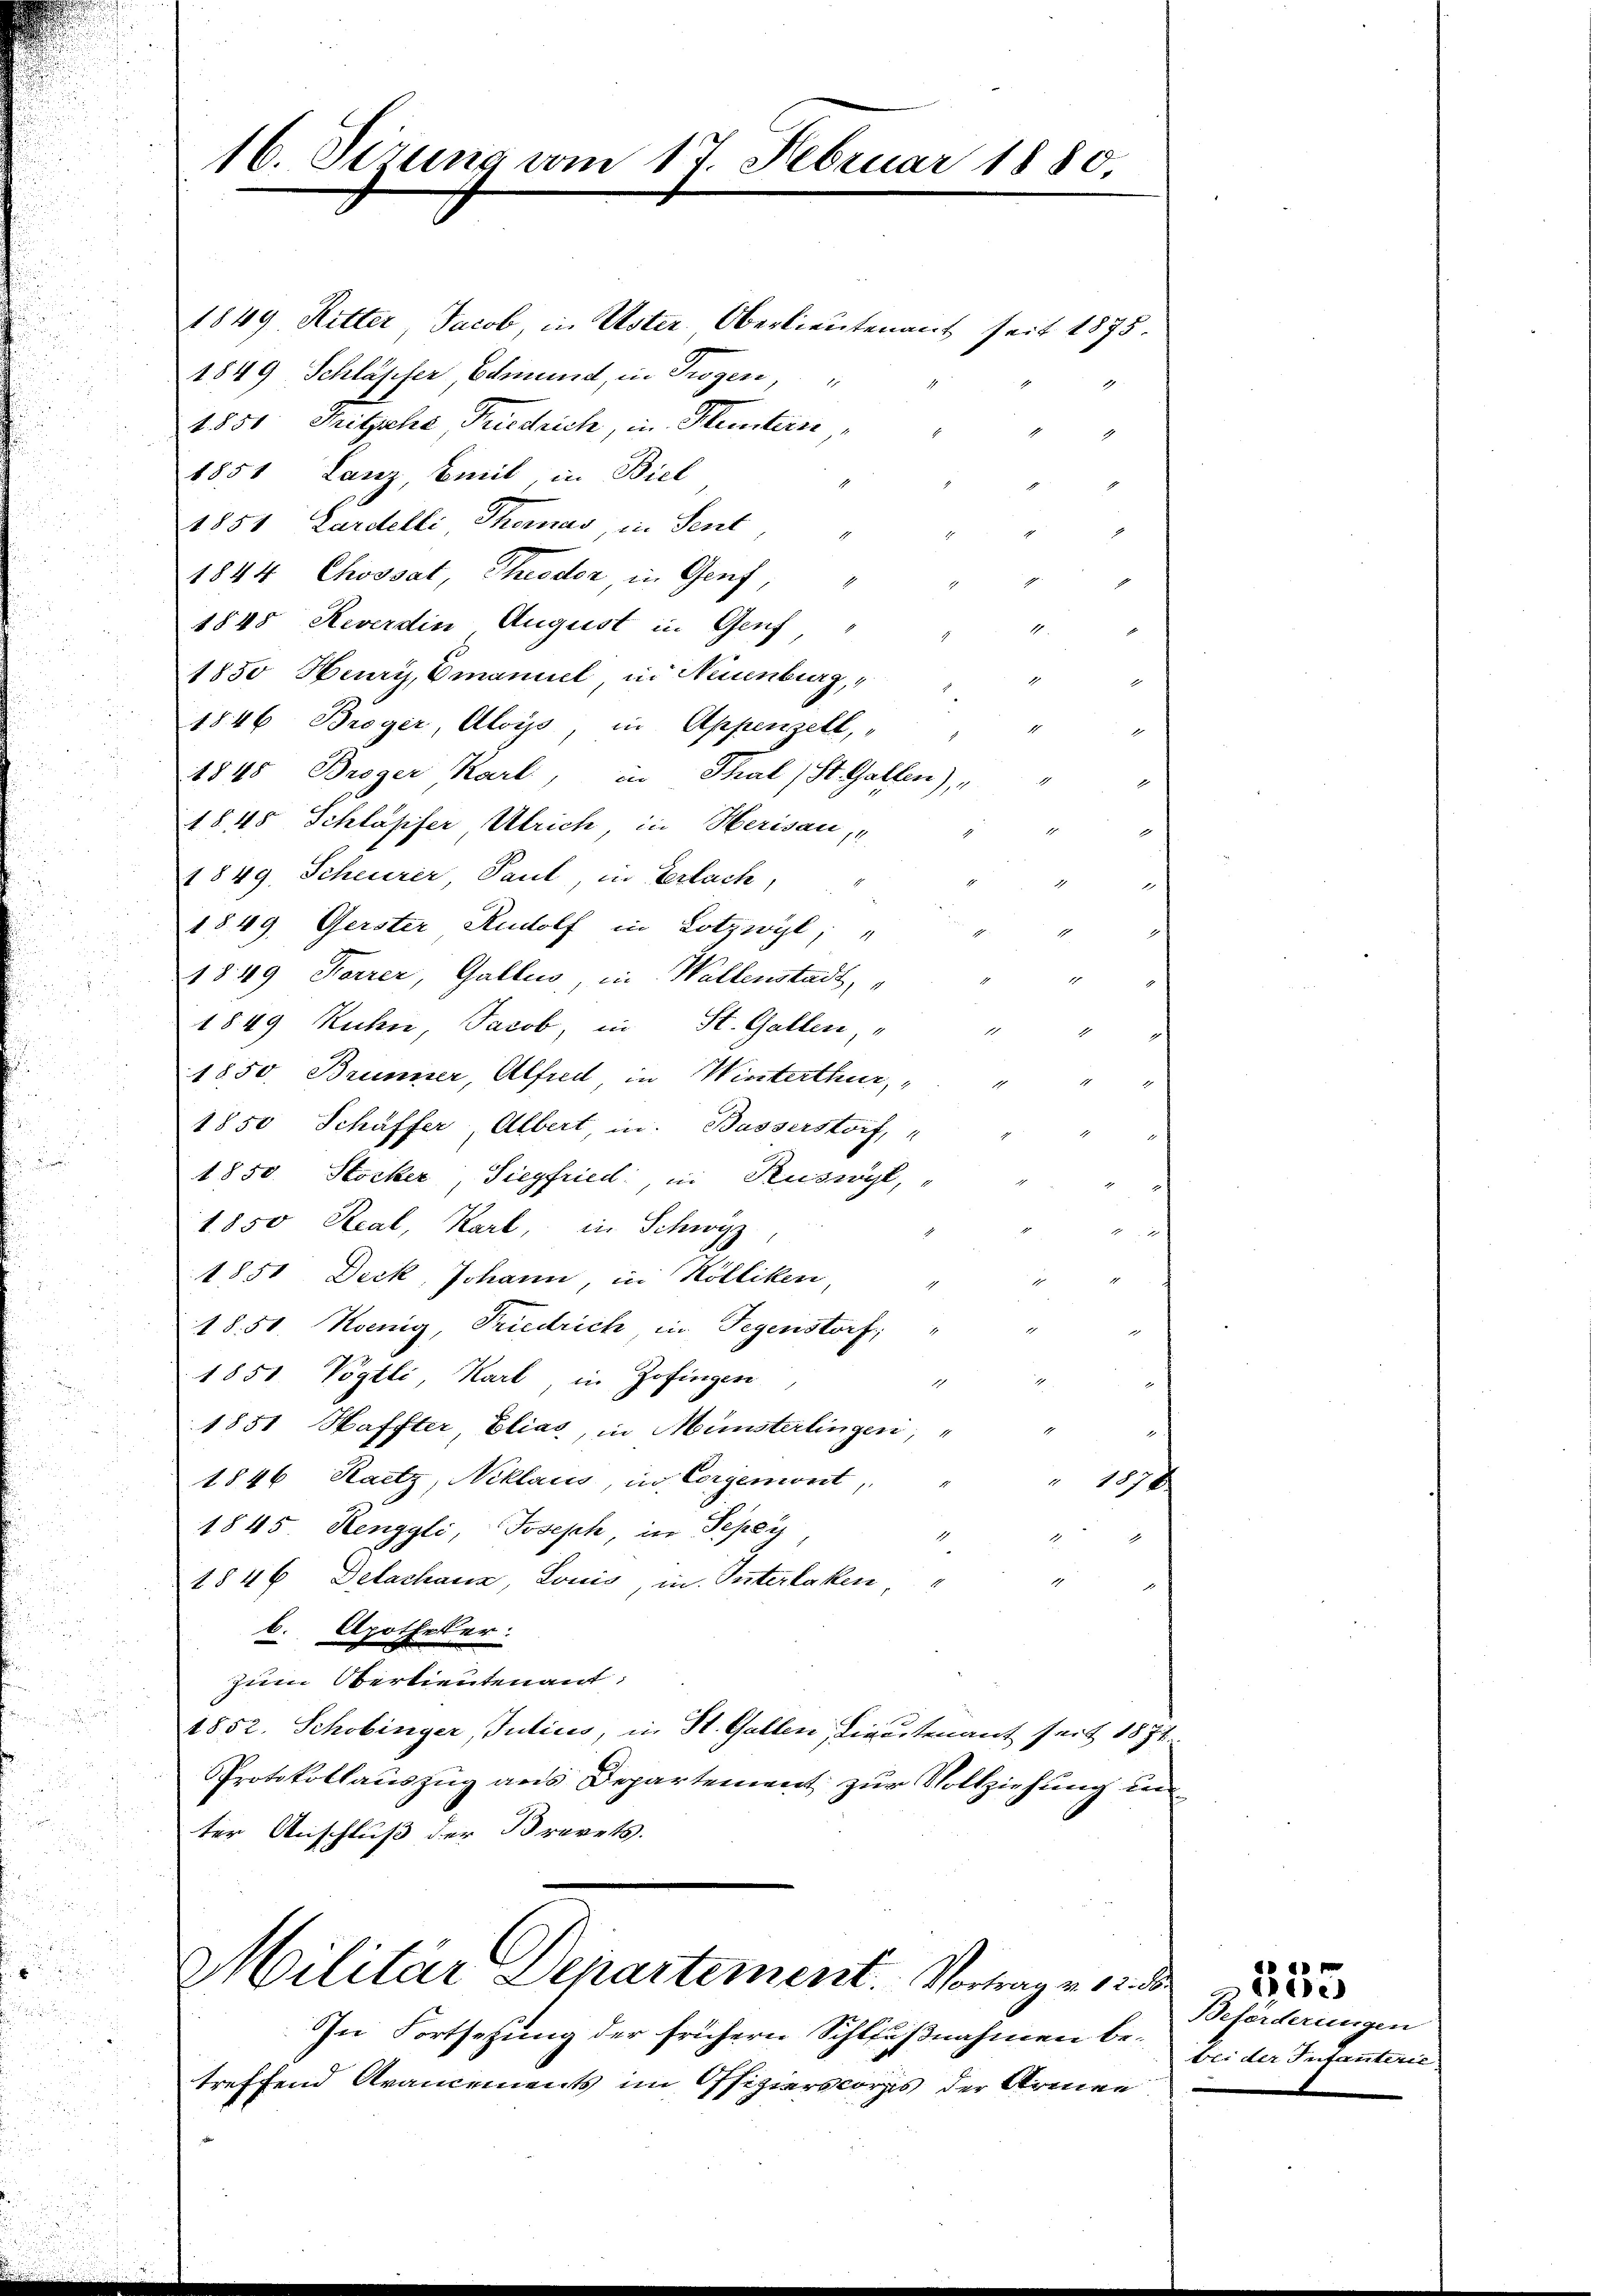
16. Sizung vom 17. Februar 1880,

1849. Ritter Jacob, in Uster Oberlieutenant seit 1875.
1849 Schlässer, Edmund, in Trogen,
1850. Mitzsche Friedrich, in Fleistern
1
1851 Lanz Emil, in Biel
u
1851 Lardelli Thomas, in Sent
1
1844 Chossat, Theodor in Genf,
.
1848 Reverdin August in Genf
1
1
1850 Heury, Emanuel in Neuenburg,
1
1846 Broger, Aloys in Appenzell,
1
1845 Broger Karl, in Thal, St. Gallen),
1845 Schläpfer Ulrich, in Herisau,
1849. Scheurer Paul, in Erlach,
1849 Gerster Rudolf in Lotzwyl, "
1849 Forrer, Gallis in Waltenstadt,
.
1849 Kuhn, Jacob, in St. Gallen,
1850. Brunner, Alfred in Winterthur,
1850 Schäffer, Albert in Basserstorf,
1850. Stocker Siegfried, in Ruswyl,
1850 Real, Karl, in Schwyz
1851 Deck, Johann, in Kölliken
18.50 Koenig, Friedrich die Gegenstorf,
i
1851 Vögtli, Karl, in Zofingen
d
1851 Haffter Elias, in Münsterlingen,
1846 Raitz, Niklaus, in Corgemont
1370
1845 Renggli Joseph, in Pepey
1546 Delachaus, Louis, in Interlaken
d
b. Apotheker.
n
52
zum Oberlieutenant:
n
1852. Schobinger, Inticis, in St. Gallen, Directenant seit 1874.
Protokollauszug aus Departement zur Vollziehung un
ter Anschluß der Brevets.

Militär Departement. Vortrage 12. d

In Fortsetzung der frühern Schlußnahmen betreffend Arancements im Offizierskorps der Armen

1

Beförderungen
bei der Infanterie

d
ee)